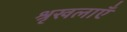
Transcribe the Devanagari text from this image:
श्रृखलाएँ